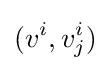
(v^{i},v_{j}^{i})